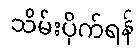
သိမ်းပိုက်ရန်